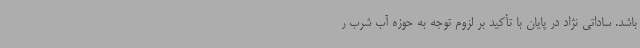
باشد. ساداتی نژاد در پایان با تأکید بر لزوم توجه به حوزه آب شرب ر